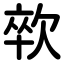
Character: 㰵